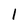
Character: 1